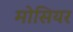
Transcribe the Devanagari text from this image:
मोसियर